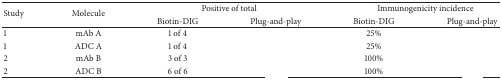
<table><thead><tr><td rowspan="2"><b>Study</b></td><td rowspan="2"><b>Molecule</b></td><td colspan="2"><b>Positive of total</b></td><td colspan="2"><b>Immunogenicity incidence</b></td></tr><tr><td><b>Biotin-DIG</b></td><td><b>Plug-and-play</b></td><td><b>Biotin-DIG</b></td><td><b>Plug-and-play</b></td></tr></thead><tbody><tr><td>1</td><td>mAb A</td><td>1 of 4</td><td>[EMPTY_CELL]</td><td>25%</td><td>[EMPTY_CELL]</td></tr><tr><td>1</td><td>ADC A</td><td>1 of 4</td><td>[EMPTY_CELL]</td><td>25%</td><td>[EMPTY_CELL]</td></tr><tr><td>2</td><td>mAb B</td><td>3 of 3</td><td>[EMPTY_CELL]</td><td>100%</td><td>[EMPTY_CELL]</td></tr><tr><td>2</td><td>ADC B</td><td>6 of 6</td><td>[EMPTY_CELL]</td><td>100%</td><td>[EMPTY_CELL]</td></tr></tbody></table>